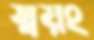
স্বয়ং